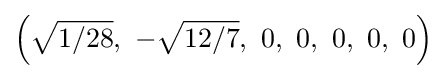
\left({\sqrt {1/28}},\ -{\sqrt {12/7}},\ 0,\ 0,\ 0,\ 0,\ 0\right)